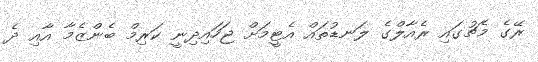
ރޭގެ މެޗުގައި ރެއާލްގެ ލަނޑުތައް އެޓީމަށް ޖަހައިދިނީ ކަރިމް ބެންޒެމާ އާއި ދެ